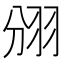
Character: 𮊺